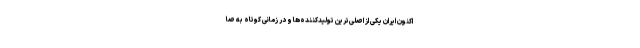
اکنون ایران یکی از اصلی‌ترین تولیدکننده‌ها و در زمانی کوتاه به صا